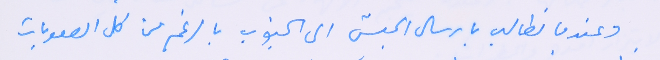
وعندما نطالب بارسال الجيش الى الجنوب بالرغم من كل الصعوبات